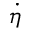
\dot { \eta }